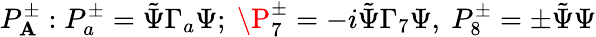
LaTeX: P_{\mathbf{A}}^{\pm}:P_{a}^{\pm}=\tilde{{\Psi}}\Gamma_{a}\Psi;\ \P_{7}^{\pm}=-i\tilde{{\Psi}}\Gamma_{7}\Psi,\ P_{8}^{\pm}=\pm\tilde{{\Psi}}\Psi